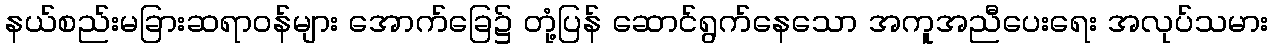
နယ်စည်းမခြားဆရာဝန်များ အောက်ခြေ၌ တုံ့ပြန် ဆောင်ရွက်နေသော အကူအညီပေးရေး အလုပ်သမား